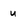
Character: u